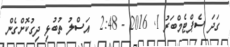
ގަދަ ސެޕްޓެމްބަރު 1